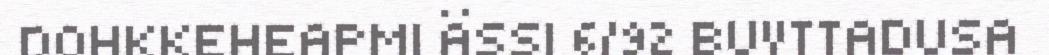
DOHKKEHEAPMI ÄSSI 6/92 BUVTTADUSA